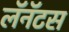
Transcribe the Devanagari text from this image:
लॅनॅटस